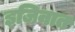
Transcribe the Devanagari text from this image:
इजिनात